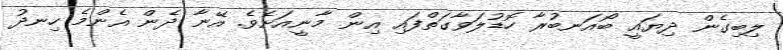
ލިބިގެން ދިޔައީ ބޯއަނބުރާ ހޮޑުލަވާގަތްފައި އިން މާނީއަށެވެ. އޭނާ ދެން އެންމެ ހިނދު